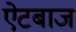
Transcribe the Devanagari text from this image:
ऐटबाज